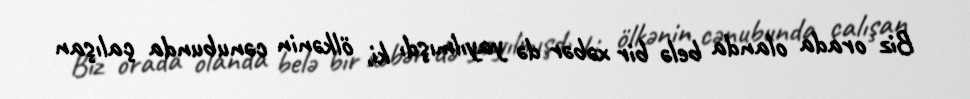
Biz orada olanda belə bir xəbər də yayılmışdı ki, ölkənin cənubunda çalışan